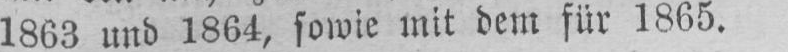
1863 und 1864, sowie mit dem für 1865.